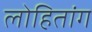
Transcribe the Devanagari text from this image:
लोहितांग